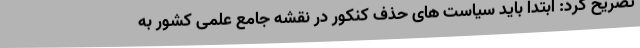
تصریح کرد: ابتدا باید سیاست های حذف کنکور در نقشه جامع علمی کشور به